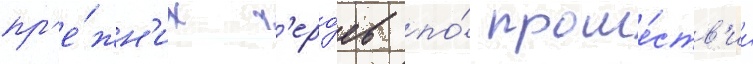
пр'е́жн'их г'еро́ев по́ проше́ств'ии